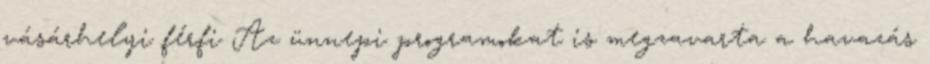
vásárhelyi férfi Az ünnepi programokat is megzavarta a havazás